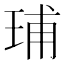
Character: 𬍥